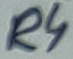
Text: R4